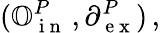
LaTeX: (\mathbb{O}_{\mathrm{~i~n~}}^{P}\, ,\partial_{\mathrm{~e~x~}}^{P})\, ,